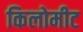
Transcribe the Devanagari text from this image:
किलोमीट